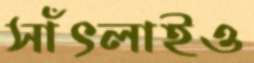
সাঁৎলাইও